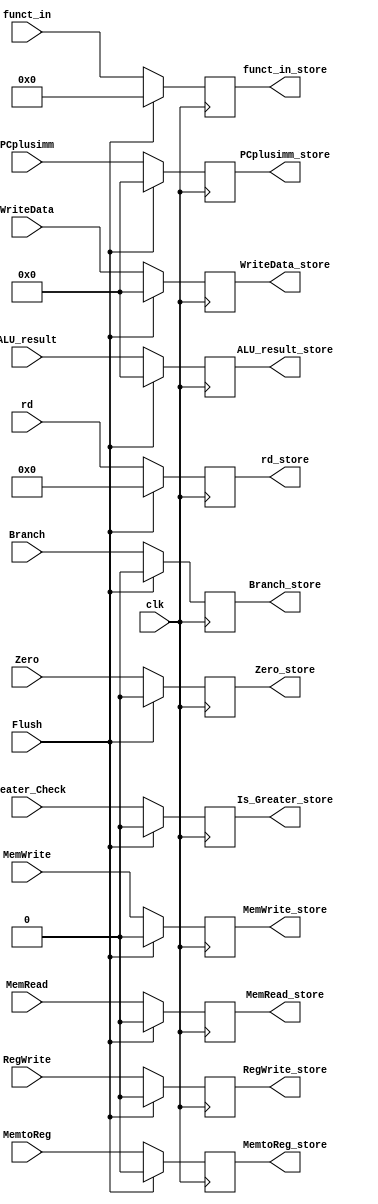
module EX_MEM
(
    input clk, Flush,
    input RegWrite, MemtoReg,
    input Branch, Zero, MemWrite, MemRead, Greater_Check,
    input [63:0] PCplusimm, ALU_result, WriteData,
    input [3:0] funct_in,
    input [4:0] rd,

    output reg RegWrite_store, MemtoReg_store,
    output reg Branch_store, Zero_store, MemWrite_store, 
                MemRead_store, Is_Greater_store,
    output reg [63:0] PCplusimm_store, ALU_result_store,
            WriteData_store,
    output reg [3:0] funct_in_store,
    output reg [4:0] rd_store
);


always @(posedge clk) begin
    if (Flush) begin
    RegWrite_store = 0;
    MemtoReg_store = 0;
    Branch_store = 0;
    Zero_store = 0;
    Is_Greater_store = 0;
    MemWrite_store = 0;
    MemRead_store = 0;
    PCplusimm_store = 0;
    ALU_result_store = 0;
    WriteData_store = 0;
    funct_in_store = 0;
    rd_store = 0;
    end else begin
    RegWrite_store = RegWrite;
    MemtoReg_store = MemtoReg;
    Branch_store = Branch;
    Zero_store = Zero;
    Is_Greater_store = Greater_Check;
    MemWrite_store = MemWrite;
    MemRead_store = MemRead;
    PCplusimm_store = PCplusimm;
    ALU_result_store = ALU_result;
    WriteData_store = WriteData;
    funct_in_store = funct_in;
    rd_store = rd;
    end
end


endmodule